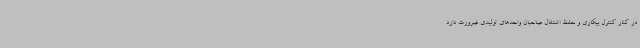
در کنار کنترل بیکاری و حفظ اشتغال صاحبان واحدهای تولیدی ضرورت دارد